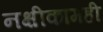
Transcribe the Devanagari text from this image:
नक्षीकामही